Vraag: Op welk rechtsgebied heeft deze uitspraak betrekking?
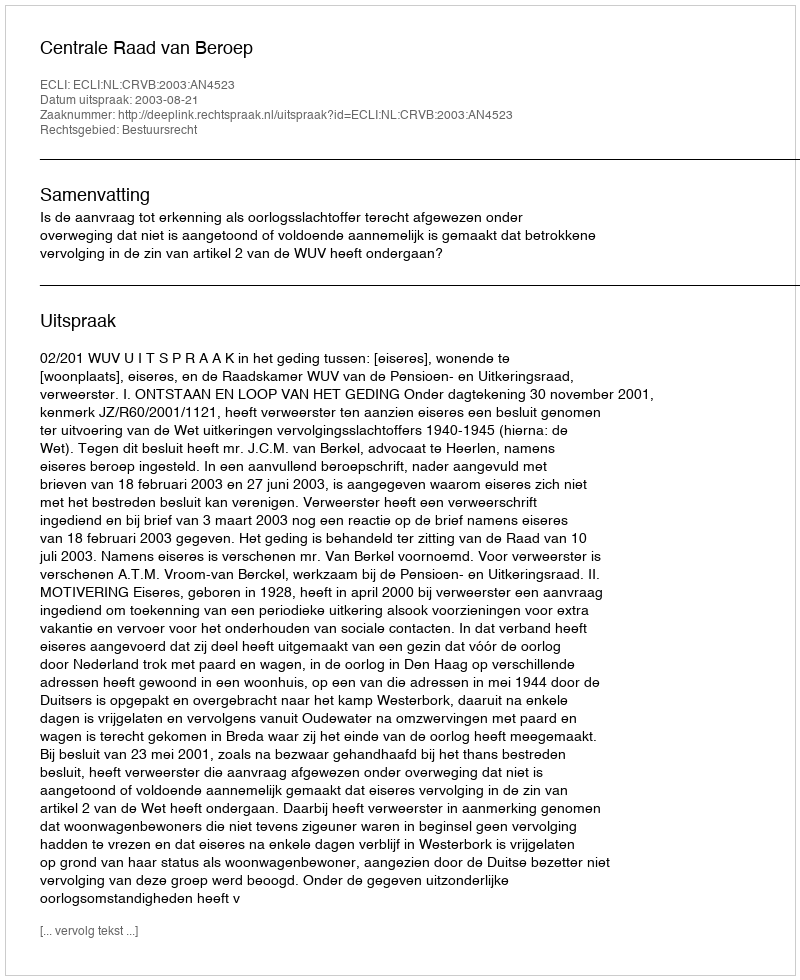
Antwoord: Bestuursrecht